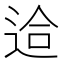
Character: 䢔